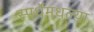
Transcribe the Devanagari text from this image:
स्पर्धेमधल्या